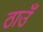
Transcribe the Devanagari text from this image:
ठाउँ